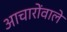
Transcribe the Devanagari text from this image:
आचारोंवाले